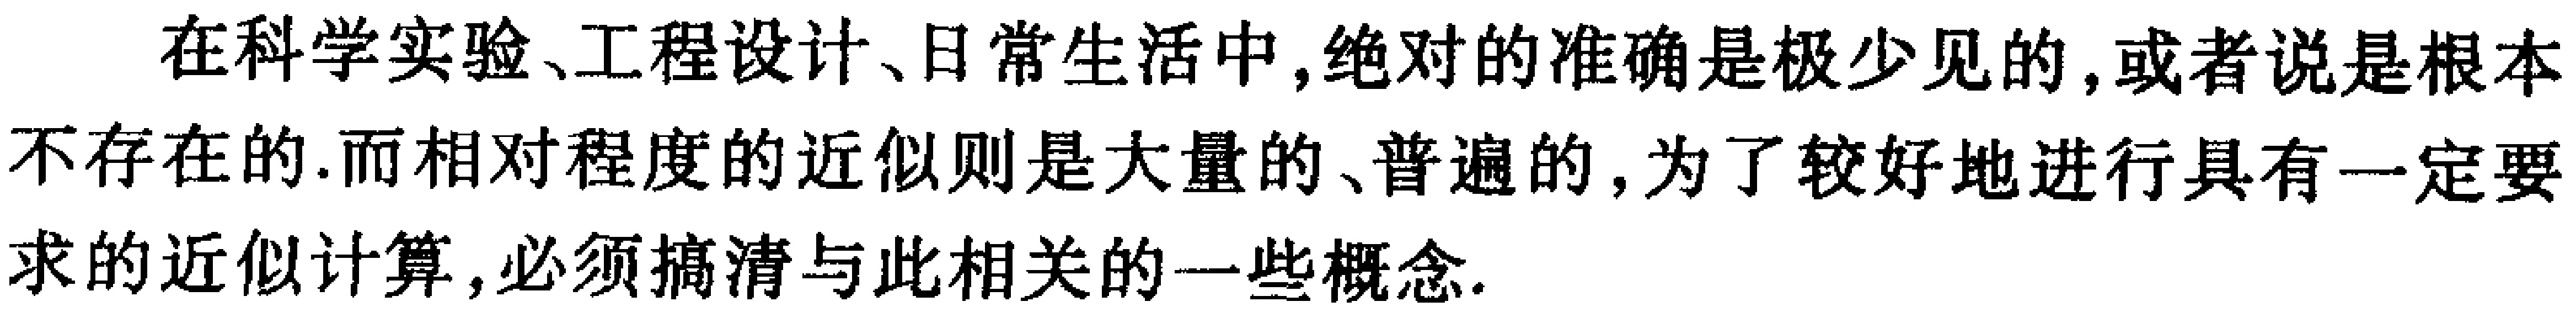
在科学实验、工程设计、日常生活中,绝对的准确是极少见的,或者说是根本不存在的.而相对程度的近似则是大量的、普遍的,为了较好地进行具有一定要求的近似计算,必须搞清与此相关的一些概念.